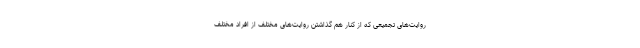
روایت‌های تجمیعی که از کنار هم گذاشتن روایت‌های مختلف از افراد مختلف